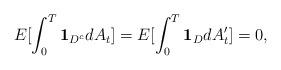
LaTeX: \begin{align*} E[\int_0^T \textbf{1}_{D^c} dA_t]= E[\int_0^T \textbf{1}_{D} dA'_t]=0, \end{align*}